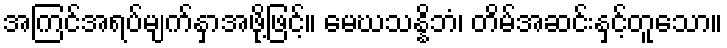
အကြင်အရပ်မျက်နှာအဖို့ဖြင့်။ မေဃသန္နိဘံ၊ တိမ်အဆင်းနှင့်တူသော။